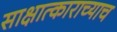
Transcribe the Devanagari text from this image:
साक्षात्काराच्याच